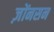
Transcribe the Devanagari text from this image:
ज़ोंनसन